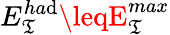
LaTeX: E_{\mathfrak{T}}^{ha\mathrm{d}}\leqE_{\mathfrak{T}}^{max}